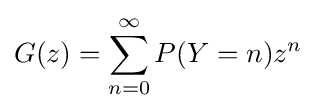
G(z)=\sum \limits _{n=0}^{\infty }P(Y=n)z^{n}